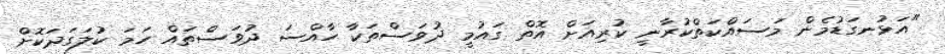
"އަޅުނގަޑުމެން މަސައްކަތްކުރާނީ ކުރިއަށް އޮތް ގައުމީ ދުވަސްތަކާ ހާއްސަ ދުވަސްތައް ހަމަ ކުލަގަދަކޮށް